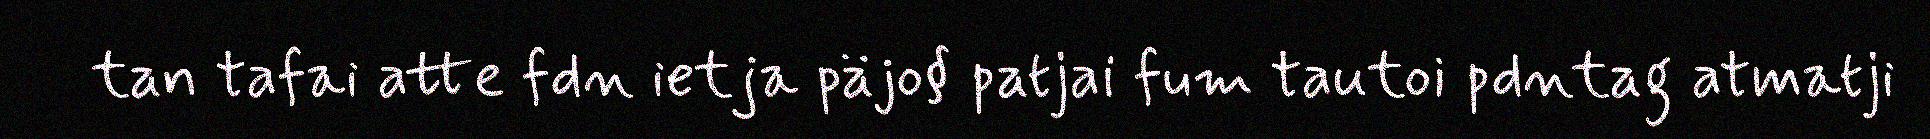
tan tafai atte fdn ietja päjo§ patjai fum tautoi pdntag atmatji